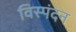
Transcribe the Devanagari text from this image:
विस्पंदन